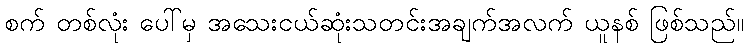
စက် တစ်လုံး ပေါ်မှ အသေးငယ်ဆုံးသတင်းအချက်အလက် ယူနစ် ဖြစ်သည်။